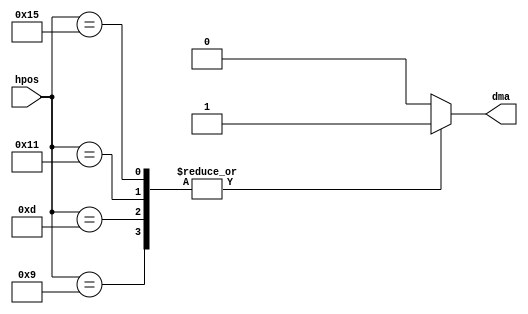
// refresh dma channel (for compatibility)


module agnus_refresh
(
	input	[8:0] hpos,
	output	reg dma
);

//dma request
always @(hpos)
	case (hpos)
		9'b0000_0100_1 : dma = 1'b1;
		9'b0000_0110_1 : dma = 1'b1;
		9'b0000_1000_1 : dma = 1'b1;
		9'b0000_1010_1 : dma = 1'b1;
		default        : dma = 1'b0;
	endcase


endmodule